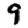
Digit: 9